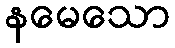
နမေသော